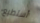
أستطيع